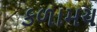
કળામય